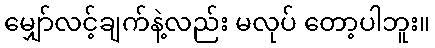
မျှော်လင့်ချက်နဲ့လည်း မလုပ် တော့ပါဘူး။